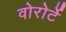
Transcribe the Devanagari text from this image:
वोरोर्टे